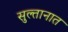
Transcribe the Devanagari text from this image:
सुल्तानात